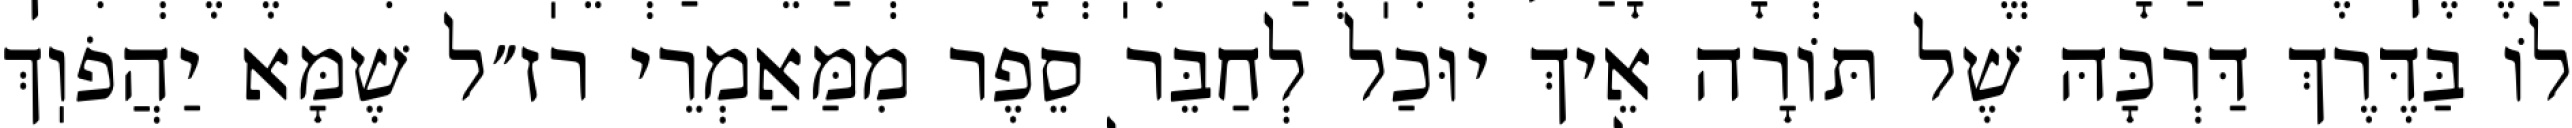
לוֹ בַּדֶּרֶךְ דַּרְכָּהּ שֶׁל תּוֹרָה אֵיךְ יוּכַל לְחַבֵּר סֵפֶר מִמַּאַמְרֵי רז״ל שֶׁמָּא יַהֲפֹוֽךְ